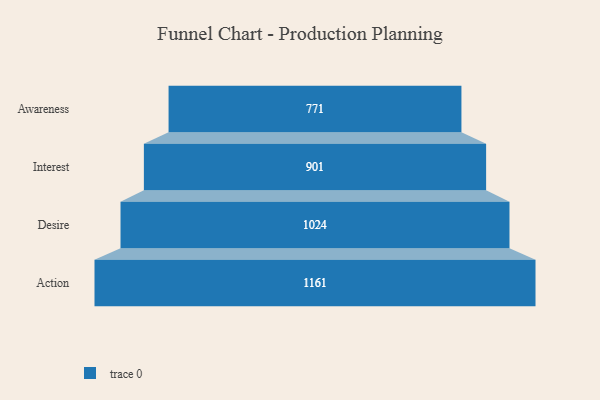
{"axis": {"x": "Stage", "y": "Value"}, "legend": [""], "data": [{"x": "Awareness", "y": 771.0, "type": ""}, {"x": "Interest", "y": 901.0, "type": ""}, {"x": "Desire", "y": 1024.0, "type": ""}, {"x": "Action", "y": 1161.0, "type": ""}]}